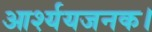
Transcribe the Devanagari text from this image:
आर्श्ययजनक।